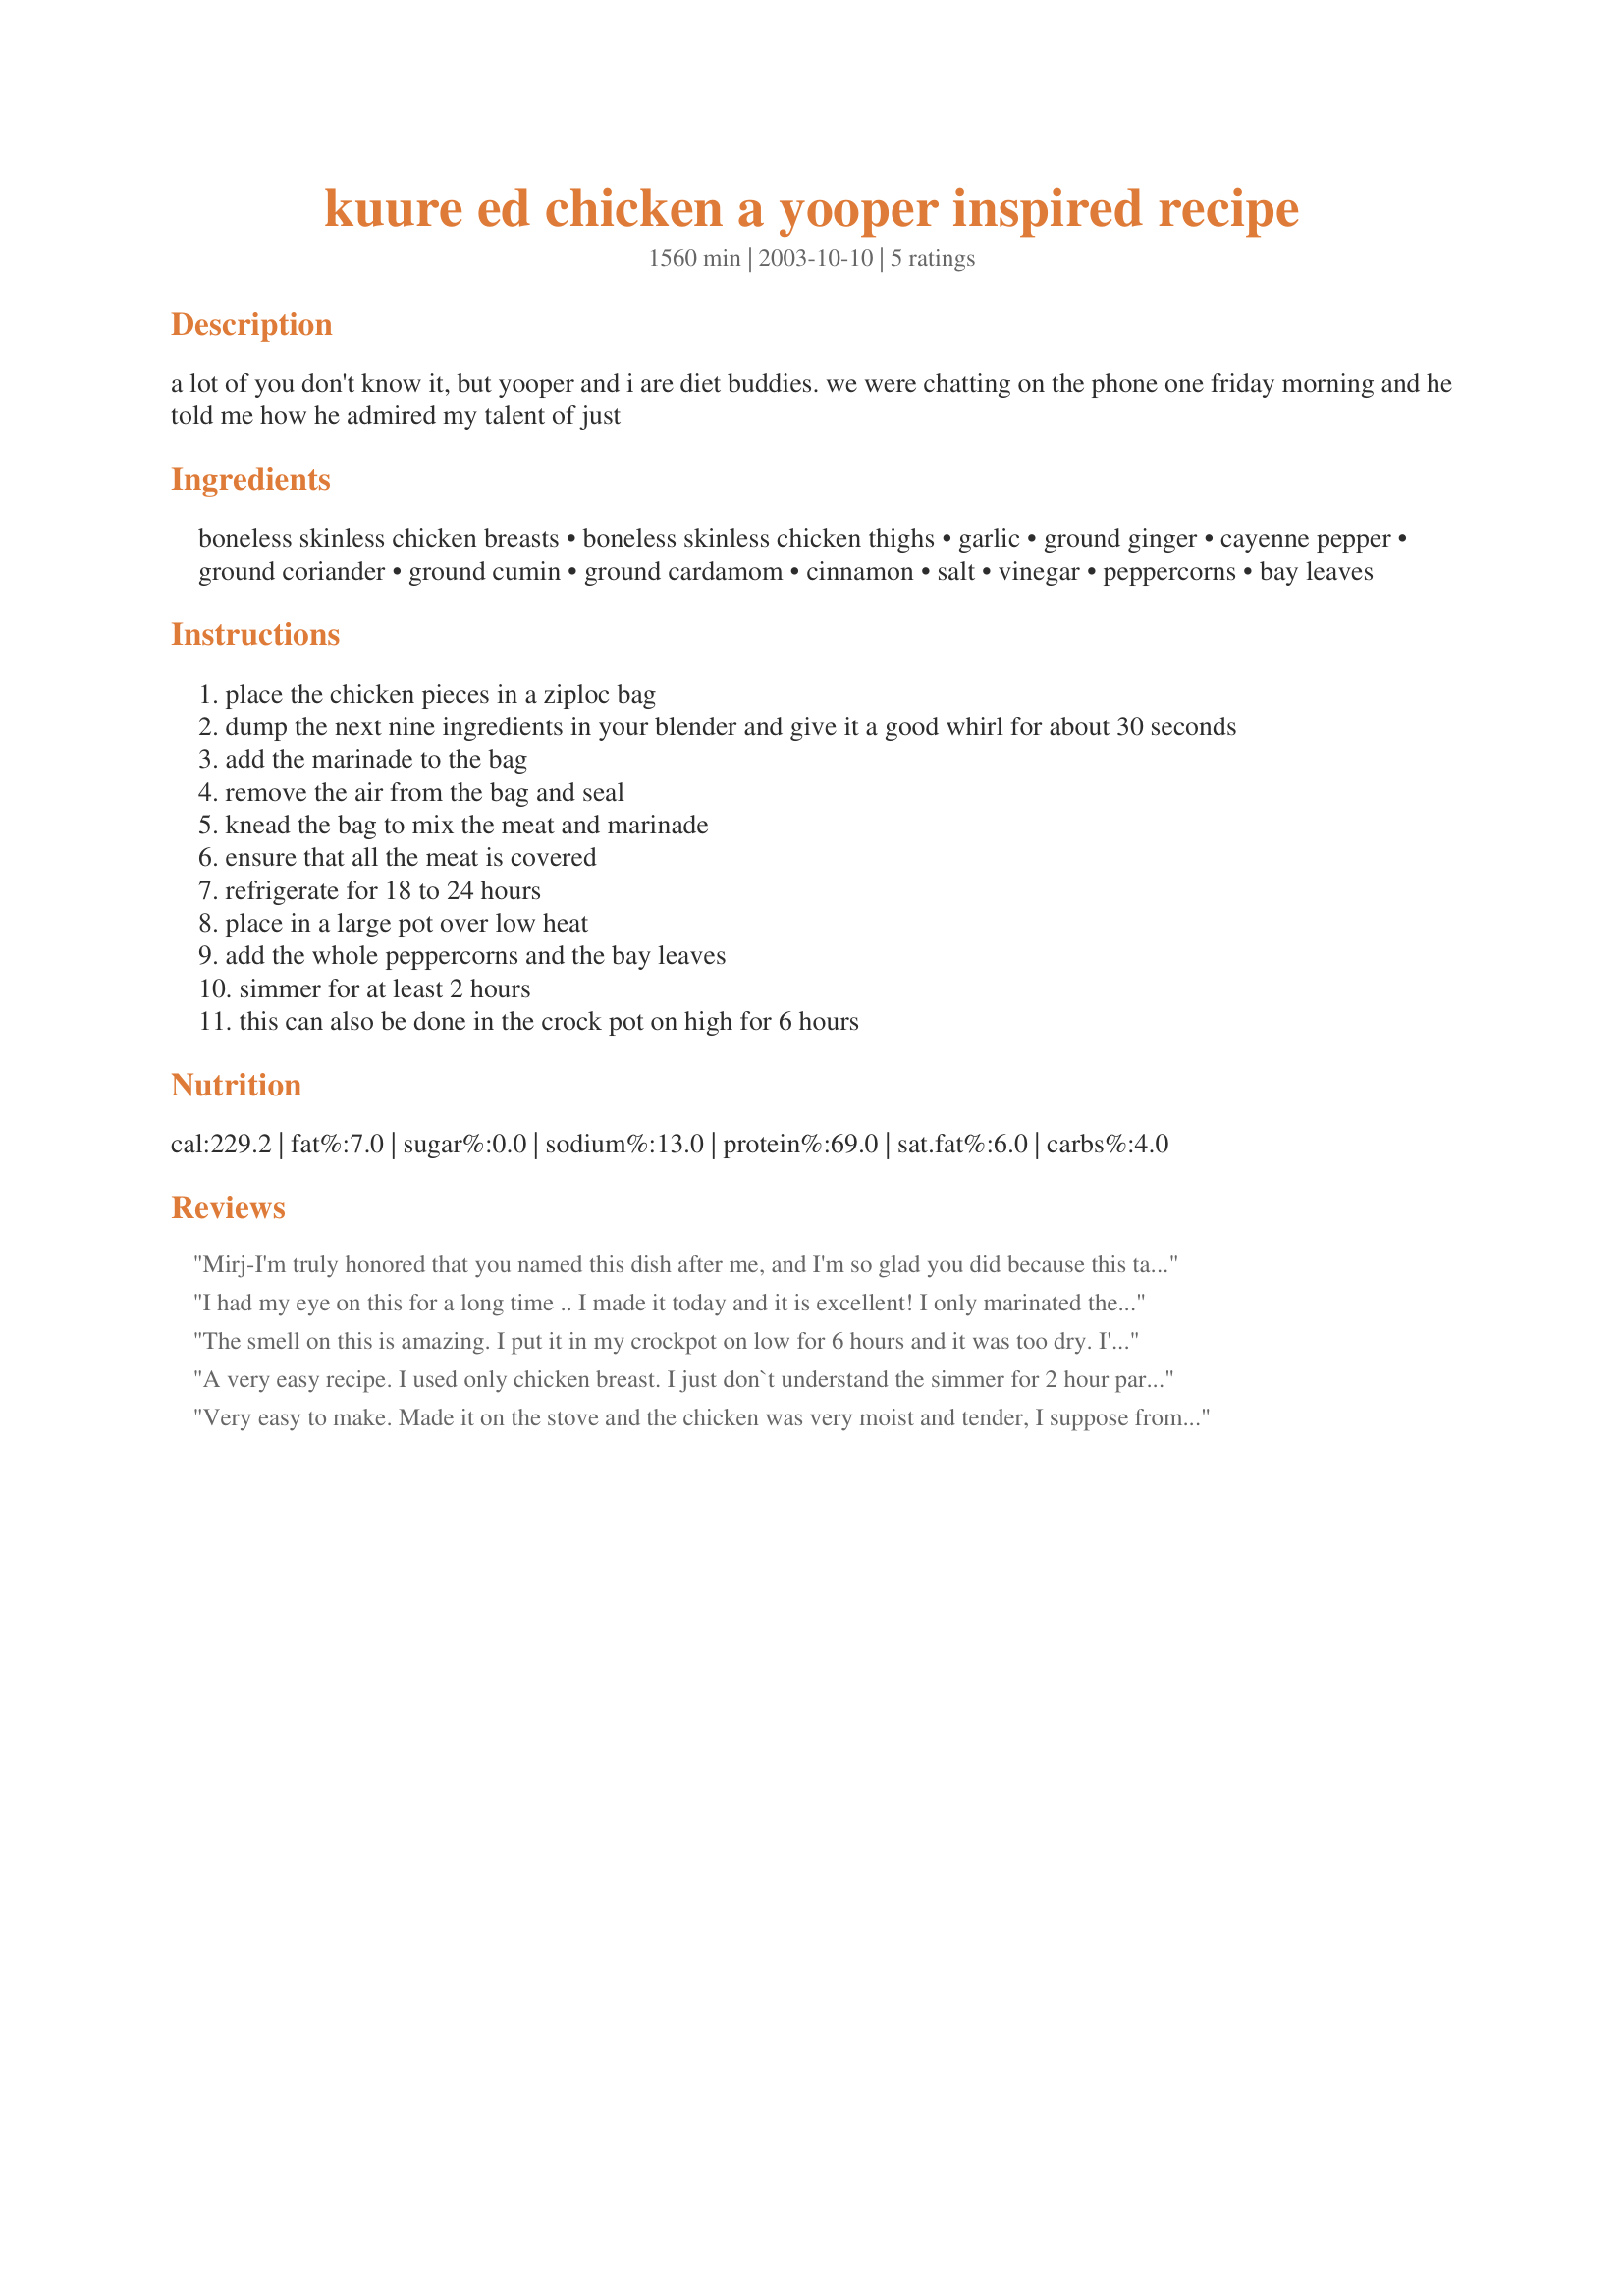
kuure ed chicken a yooper inspired recipe
Preparation time: 1560 minutes

a lot of you don't know it, but yooper and i are diet buddies. we were chatting on the phone one friday morning and he told me how he admired my talent of just

Ingredients:
boneless skinless chicken breasts, boneless skinless chicken thighs, garlic, ground ginger, cayenne pepper, ground coriander, ground cumin, ground cardamom, cinnamon, salt, vinegar, peppercorns, bay leaves

Steps:
place the chicken pieces in a ziploc bag
dump the next nine ingredients in your blender and give it a good whirl for about 30 seconds
add the marinade to the bag
remove the air from the bag and seal
knead the bag to mix the meat and marinade
ensure that all the meat is covered
refrigerate for 18 to 24 hours
place in a large pot over low heat
add the whole peppercorns and the bay leaves
simmer for at least 2 hours
this can also be done in the crock pot on high for 6 hours

Reviews:
Mirj-I'm truly honored that you named this dish after me, and I'm so glad you did because this tastes incredible! As I explained to you on the phone, I hadn't gotten around to making this because the curry powder available here is very generic and lacks a lot of flavor. A friend of mine made a trip to Milwaukee and I had her bring me back some graham marsala curry powder from a Middle Eastern grocery. Yowza! That stuff made this chicken sing! The curry powder with the other spices created a truly exotic flavor. I marinated in the spices for 18 hours and then used the crockpot method. The chicen was so tender it practically melted! I did go for broke and used some basmati rice to sop up the incredible sauce! I also steamed some eggplant which complimented this nicely! Thank you so much Mirj...not too many people can claim they have a recipe named after them!!!!
I had my eye on this for a long time .. I made it today and it is excellent! I only marinated the chicken for 2 hours but the flavor was wonderful .. I added a bit of extra vinegar, and simmered until the liquid evaporated .. I love the fact that there is no extra fat in this recipe! I didn't know chicken could be so tender without added fat! I made shawarma with these and my husband loved it! thanks a lot Mirjam!
The smell on this is amazing. I put it in my crockpot on low for 6 hours and it was too dry. I'd make it again but do it on the stove.
A very easy recipe. I used only chicken breast. I just don`t understand the simmer for 2 hour part. I cooked till done about 10 minutes, stirring till done. I added frozen green peas to the chicken to heat at the end. I served with jasmin rice. Has lots of flavor.
Very easy to make. Made it on the stove and the chicken was very moist and tender, I suppose from the overnight marinade. At first I thought it smelled too vinigery and it was throwing me off. But I simmered it for almost two hours and it did taste great. Not the kind of Curried chicken I am use to , but for sure a keeper.
